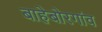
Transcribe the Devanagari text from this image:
बाहेबोरगांव